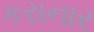
કરાનાર